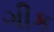
ગીક